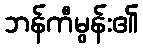
ဘန်ကီမွန်း၏